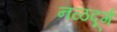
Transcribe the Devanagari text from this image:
नळदूर्ग